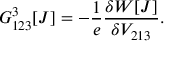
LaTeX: G _ { 1 2 3 } ^ { 3 } [ J ] = - \frac { 1 } { e } \frac { \delta W [ J ] } { \delta V _ { 2 1 3 } } .